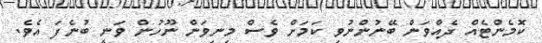
ކޮމެންޓެއް ދެއްވަން ބޭނުންނުވި ކަމަށް ވެސް މިނިވަން ނޫހުން ވަނީ ބުނެފަ އެވެ.